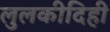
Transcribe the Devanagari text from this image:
लुलकीदिही